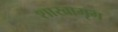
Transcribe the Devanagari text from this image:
शाखामृग